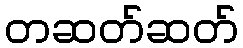
တဆတ်ဆတ်